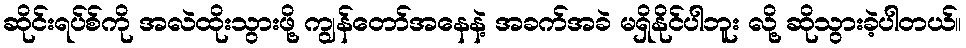
ဆိုင်းရပ်စ်ကို အလဲထိုးသွားဖို့ ကျွန်တော်အနေနဲ့ အခက်အခဲ မရှိနိုင်ပါဘူး လို့ ဆိုသွားခဲ့ပါတယ်။